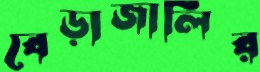
বেড়াজালির